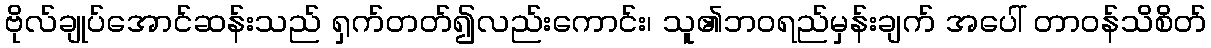
ဗိုလ်ချုပ်အောင်ဆန်းသည် ရှက်တတ်၍လည်းကောင်း၊ သူ၏ဘဝရည်မှန်းချက် အပေါ် တာဝန်သိစိတ်